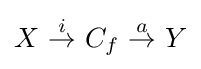
X{\stackrel {i}{\ \to \ }}C_{f}{\stackrel {a}{\ \to \ }}Y